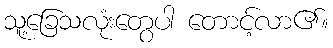
သူ့ခြေသလုံးတွေပါ တောင့်လာ၏။